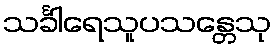
သင်္ခါရေသူပသန္တေသု